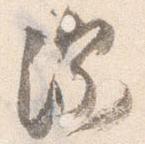
深